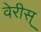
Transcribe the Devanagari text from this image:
वेरीस्